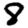
Digit: 8